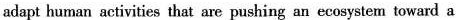
adapt human activities that are pushing an ecomystem taward a